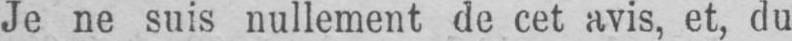
Je ne suis nullement de cet avis, et, du